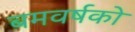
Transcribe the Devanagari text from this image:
बमवर्षको